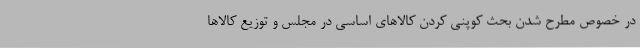
در خصوص مطرح شدن بحث کوپنی کردن کالاهای اساسی در مجلس و توزیع کالاها